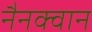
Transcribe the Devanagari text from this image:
नैनक्वान